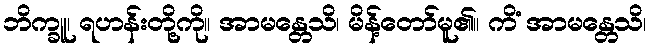
ဘိက္ခူ၊ ရဟန်းတို့ကို။ အာမန္တေသိ၊ မိန့်တော်မူ၏။ ကိံ အာမန္တေသိ၊